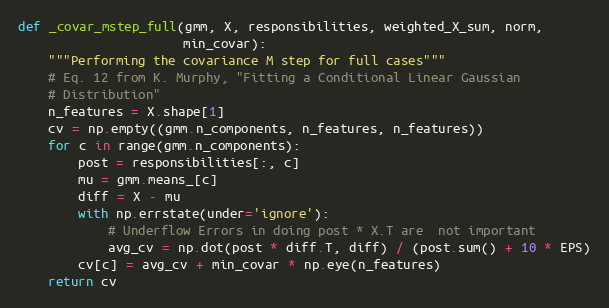
Language: Python
def _covar_mstep_full(gmm, X, responsibilities, weighted_X_sum, norm,
                      min_covar):
    """Performing the covariance M step for full cases"""
    # Eq. 12 from K. Murphy, "Fitting a Conditional Linear Gaussian
    # Distribution"
    n_features = X.shape[1]
    cv = np.empty((gmm.n_components, n_features, n_features))
    for c in range(gmm.n_components):
        post = responsibilities[:, c]
        mu = gmm.means_[c]
        diff = X - mu
        with np.errstate(under='ignore'):
            # Underflow Errors in doing post * X.T are  not important
            avg_cv = np.dot(post * diff.T, diff) / (post.sum() + 10 * EPS)
        cv[c] = avg_cv + min_covar * np.eye(n_features)
    return cv